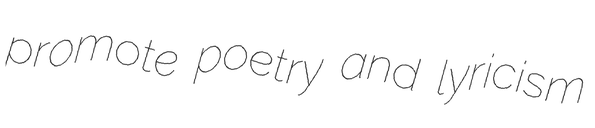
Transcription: promote poetry and lyricism